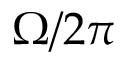
\Omega / 2 \pi